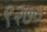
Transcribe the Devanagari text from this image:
९२७०